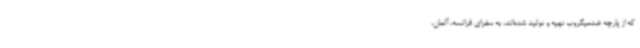
که از پارچه ضدمیکروب تهیه و تولید شده‌اند، به سفرای فرانسه، آلمان،